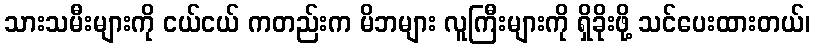
သားသမီးများကို ငယ်ငယ် ကတည်းက မိဘများ လူကြီးများကို ရှိခိုးဖို့ သင်ပေးထားတယ်၊